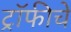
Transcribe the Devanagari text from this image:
ट्रॉफीचे